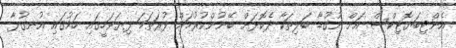
އެންޓިބަޔޮޓިކްސް އަށް ނުގުޑާ ބަލިތަކާ ދެކޮޅަށް ބޭނުންކުރުމަށް ފުރަތަމަ ފިޔަވަހީގައި ހަމުގައި އުނގުޅާ